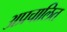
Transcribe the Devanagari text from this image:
अप्रचालित